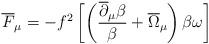
LaTeX: \begin{align*}\overline F_\mu = - f^2 \left[ \left(\frac{\overline\partial_\mu\beta}{\beta}+\overline\Omega_\mu\right)\beta\omega\right]\end{align*}